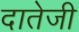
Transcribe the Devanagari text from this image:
दातेजी